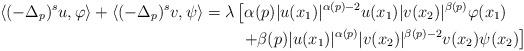
LaTeX: \begin{align*}\left\langle (-\Delta_p)^s u, \varphi \right\rangle + \left\langle (-\Delta_p)^s v, \psi \right\rangle = \lambda&\left[\alpha(p)\vert u(x_1)\vert^{\alpha(p)-2}u(x_1)\vert v(x_2) \vert^{\beta(p)}\varphi(x_1)\right. \\&\left.\ + \beta(p)\vert u(x_1)\vert^{\alpha(p)}\vert v(x_2) \vert^{\beta(p)-2}v(x_2) \psi(x_2) \right]\end{align*}